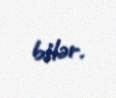
bilər.